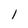
Character: 1